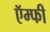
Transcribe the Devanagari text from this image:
ऍम्फी